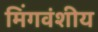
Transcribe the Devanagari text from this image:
मिंगवंशीय